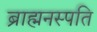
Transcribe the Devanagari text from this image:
ब्राह्मनस्पति